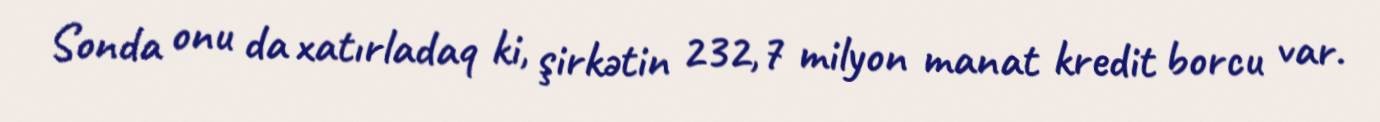
Sonda onu da xatırladaq ki, şirkətin 232,7 milyon manat kredit borcu var.